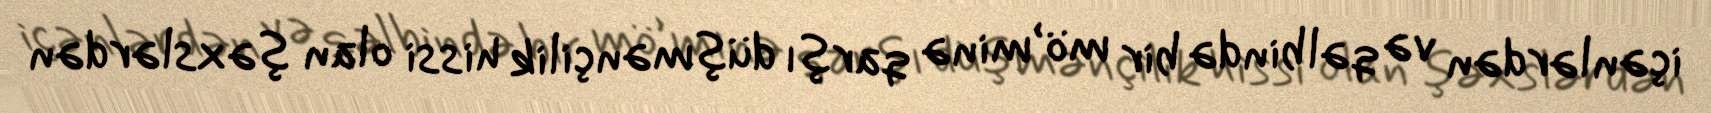
içənlərdən və qəlbində bir mö’minə qarşı düşmənçilik hissi olan şəxslərdən